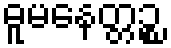
ဓူမနေတ္တဉ္စ